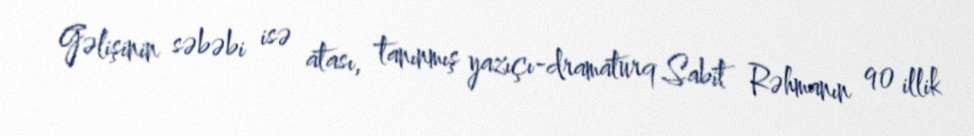
Gəlişinin səbəbi isə atası, tanınmış yazıçı-dramaturq Sabit Rəhmanın 90 illik